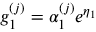
g _ { 1 } ^ { ( j ) } = \alpha _ { 1 } ^ { ( j ) } e ^ { \eta _ { 1 } }